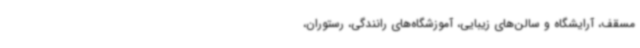
مسقف، آرایشگاه و سالن‌های زیبایی، آموزشگاه‌های رانندگی، رستوران،